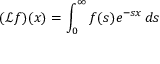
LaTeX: ( { \mathcal { L } } f ) ( x ) = \int _ { 0 } ^ { \infty } f ( s ) e ^ { - s x } \, d s